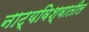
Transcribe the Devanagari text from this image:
नाट्यविश्वातील